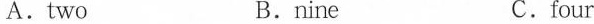
A.two B.nine C.four